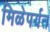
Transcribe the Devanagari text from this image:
मिळेपर्यत